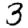
Digit: 3